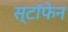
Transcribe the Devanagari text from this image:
स्टॉफेन